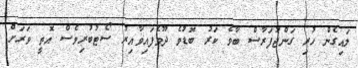
ލައިގެން ހުރި ގަންޖުފަރާސް ބާވެ ކަރު ބޮޑުވެ ދޫވެފައިވާއިރު ސޯޓުބުރިވެސް އޮތީ ވަރަށް